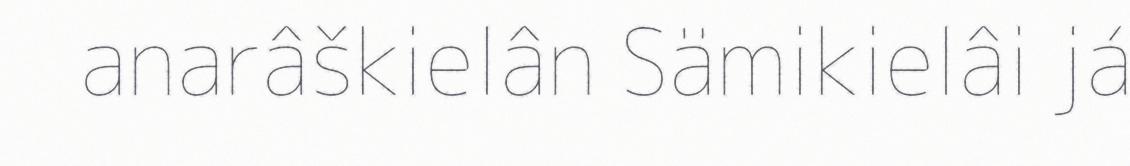
anarâškielân Sämikielâi já